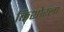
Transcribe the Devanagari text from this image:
किशोरला